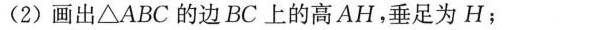
(2)画出 \bigtriangleup ABC的边BC上的高AH，垂足为H；